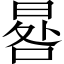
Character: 晷